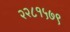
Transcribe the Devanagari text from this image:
२२८१५७९